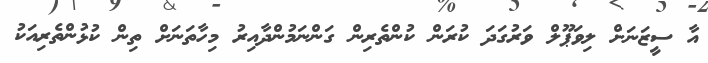
އާ ސީޒަނަށް ލިވަޕޫލް ވަރުގަދަ ކުރަން ކުުންތެރިން ގަންނަމުންދާއިރު މިހާތަނަށް ތިން ކުޅުންތެރިއަކު